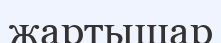
жартышар